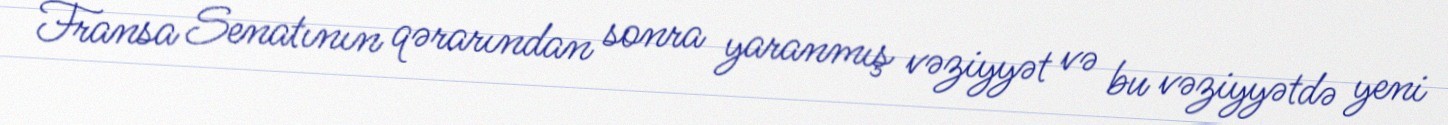
Fransa Senatının qərarından sonra yaranmış vəziyyət və bu vəziyyətdə yeni